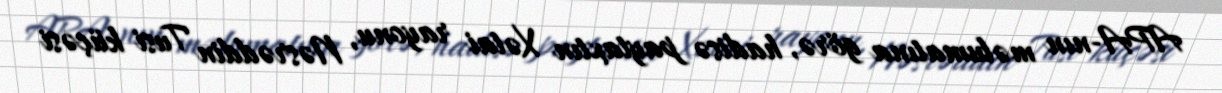
APA-nın məlumatına görə, hadisə paytaxtın Xətai rayonu, Nəsrəddin Tusi küçəsi